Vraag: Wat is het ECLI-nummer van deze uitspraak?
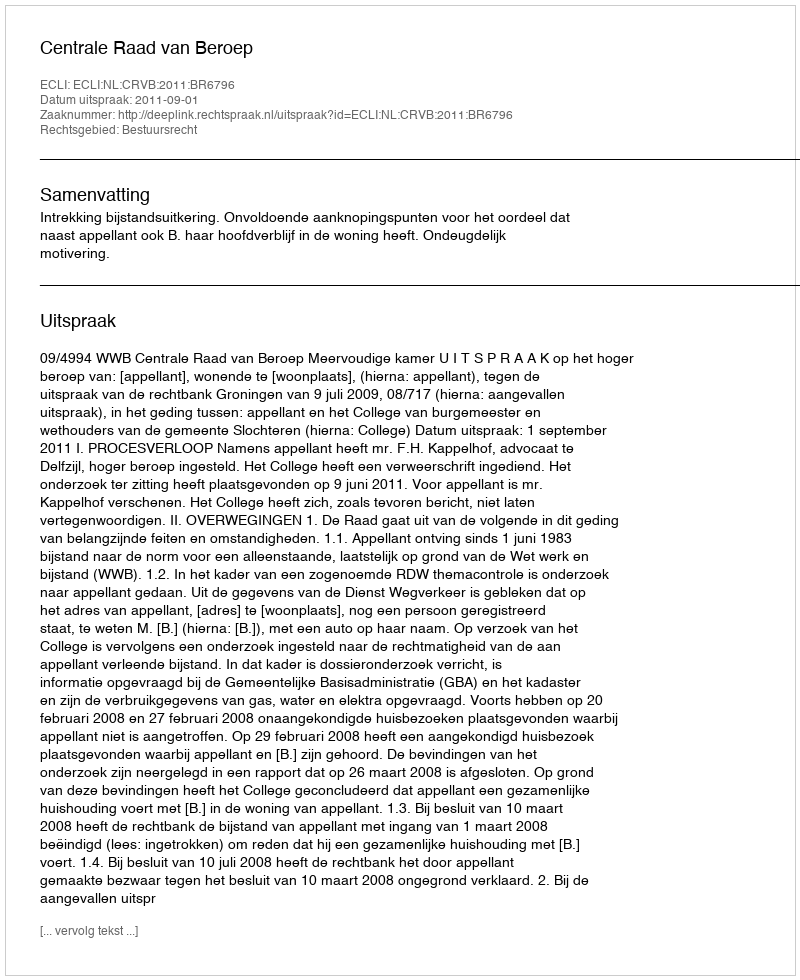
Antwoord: ECLI:NL:CRVB:2011:BR6796